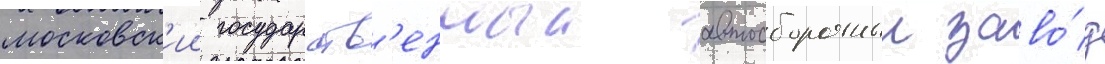
московск'ии государств'енныи автосборочныи заво́д